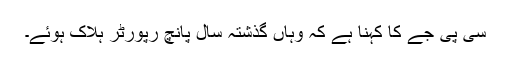
سی پی جے کا کہنا ہے کہ وہاں گذشتہ سال پانچ رپورٹر ہلاک ہوئے۔